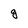
Character: g